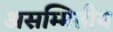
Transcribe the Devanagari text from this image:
असम्मितीय